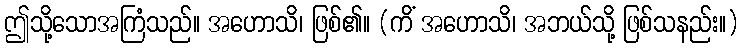
ဤသို့သောအကြံသည်။ အဟောသိ၊ ဖြစ်၏။ (ကိံ အဟောသိ၊ အဘယ်သို့ ဖြစ်သနည်း။)